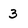
Character: 3